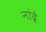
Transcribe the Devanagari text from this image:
नांद्रे